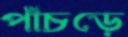
পাঁচড়ে